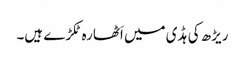
ریڑھ کی ہڈی میں اَٹھارہ ٹکڑے ہیں۔